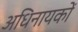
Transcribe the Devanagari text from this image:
अधिनायकों